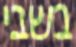
בשבי